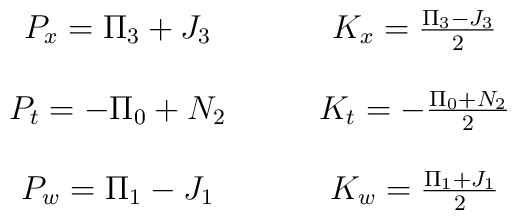
\begin{array}{cc}P_x = \Pi_3+J_3  \qquad & K_x = \frac{\Pi_3-J_3}{2}  \\\null & \null  \\P_t = -\Pi_0+N_2 \qquad& K_t = -\frac{\Pi_0+N_2 }{2} \\\null & \null \\ P_w= \Pi_1-J_1  \qquad & K_w = \frac{ \Pi_1+J_1}{2}\\\end{array}